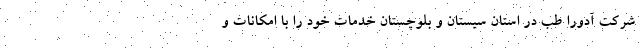
شرکت آدورا طب در استان سیستان و بلوچستان خدمات خود را با امکانات و